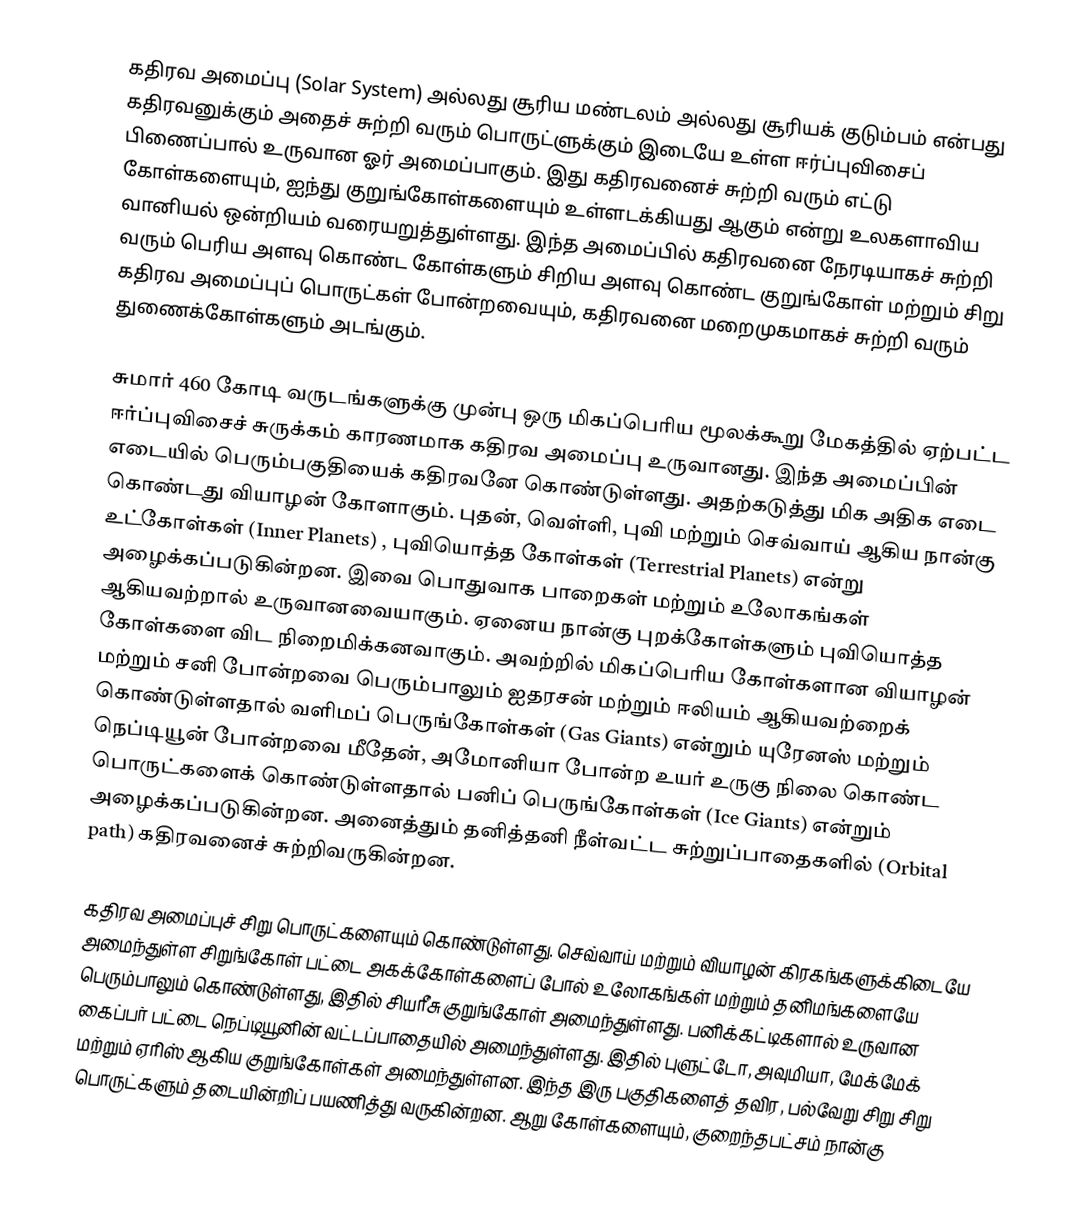
கதிரவ அமைப்பு (Solar System) அல்லது சூரிய மண்டலம் அல்லது  சூரியக் குடும்பம் என்பது கதிரவனுக்கும் அதைச் சுற்றி வரும் பொருட்ளுக்கும் இடையே உள்ள ஈர்ப்புவிசைப் பிணைப்பால் உருவான ஓர் அமைப்பாகும். இது கதிரவனைச் சுற்றி வரும் எட்டு கோள்களையும், ஐந்து குறுங்கோள்களையும் உள்ளடக்கியது ஆகும் என்று உலகளாவிய வானியல் ஒன்றியம் வரையறுத்துள்ளது. இந்த அமைப்பில் கதிரவனை நேரடியாகச் சுற்றி வரும் பெரிய அளவு கொண்ட கோள்களும் சிறிய அளவு கொண்ட குறுங்கோள் மற்றும் சிறு கதிரவ அமைப்புப் பொருட்கள் போன்றவையும், கதிரவனை மறைமுகமாகச் சுற்றி வரும் துணைக்கோள்களும் அடங்கும்.

சுமார் 460 கோடி வருடங்களுக்கு முன்பு ஒரு மிகப்பெரிய மூலக்கூறு மேகத்தில் ஏற்பட்ட ஈர்ப்புவிசைச் சுருக்கம் காரணமாக கதிரவ அமைப்பு உருவானது. இந்த அமைப்பின் எடையில் பெரும்பகுதியைக் கதிரவனே கொண்டுள்ளது. அதற்கடுத்து மிக அதிக எடை கொண்டது வியாழன் கோளாகும்.  புதன், வெள்ளி, புவி மற்றும் செவ்வாய் ஆகிய நான்கு உட்கோள்கள் (Inner Planets) , புவியொத்த கோள்கள் (Terrestrial Planets) என்று அழைக்கப்படுகின்றன. இவை பொதுவாக பாறைகள் மற்றும் உலோகங்கள் ஆகியவற்றால் உருவானவையாகும். ஏனைய நான்கு புறக்கோள்களும் புவியொத்த கோள்களை விட நிறைமிக்கனவாகும். அவற்றில் மிகப்பெரிய கோள்களான வியாழன் மற்றும் சனி போன்றவை பெரும்பாலும் ஐதரசன் மற்றும் ஈலியம் ஆகியவற்றைக் கொண்டுள்ளதால் வளிமப் பெருங்கோள்கள் (Gas Giants) என்றும் யுரேனஸ் மற்றும் நெப்டியூன்  போன்றவை மீதேன், அமோனியா போன்ற உயர் உருகு நிலை கொண்ட பொருட்களைக் கொண்டுள்ளதால் பனிப் பெருங்கோள்கள் (Ice Giants) என்றும் அழைக்கப்படுகின்றன. அனைத்தும் தனித்தனி நீள்வட்ட சுற்றுப்பாதைகளில் (Orbital path) கதிரவனைச் சுற்றிவருகின்றன.

கதிரவ அமைப்புச் சிறு பொருட்களையும் கொண்டுள்ளது. செவ்வாய் மற்றும் வியாழன் கிரகங்களுக்கிடையே அமைந்துள்ள சிறுங்கோள் பட்டை அகக்கோள்களைப் போல் உலோகங்கள் மற்றும் தனிமங்களையே பெரும்பாலும் கொண்டுள்ளது, இதில் சியரீசு குறுங்கோள் அமைந்துள்ளது. பனிக்கட்டிகளால் உருவான கைப்பர் பட்டை நெப்டியூனின் வட்டப்பாதையில் அமைந்துள்ளது. இதில் புளுட்டோ, அவுமியா, மேக்மேக் மற்றும் ஏரிஸ் ஆகிய குறுங்கோள்கள் அமைந்துள்ளன. இந்த இரு பகுதிகளைத் தவிர, பல்வேறு சிறு சிறு பொருட்களும் தடையின்றிப் பயணித்து வருகின்றன. ஆறு கோள்களையும், குறைந்தபட்சம் நான்கு